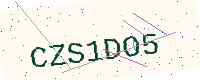
Text: CZS1DO5